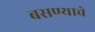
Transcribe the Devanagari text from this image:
बसण्याचे